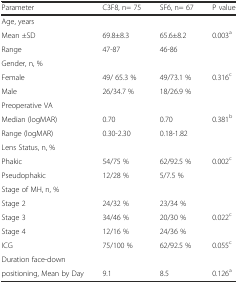
| Parameter | C3F8, n= 75 | SF6, n= 67 | P value |
 | --- | --- | --- | --- |
 | Age, years |  |  |  |
 | Mean ±SD | 69.8±8.3 | 65.6±8.2 | 0.003a |
 | Range | 47-87 | 46-86 |  |
 | Gender, n, % |  |  |  |
 | Female | 49/ 65.3 % | 49/73.1 % | 0.316c |
 | Male | 26/34.7 % | 18/26.9 % |  |
 | Preoperative VA |  |  |  |
 | Median (logMAR) | 0.70 | 0.70 | 0.381b |
 | Range (logMAR) | 0.30-2.30 | 0.18-1.82 |  |
 | Lens Status, n, % |  |  |  |
 | Phakic | 54/75 % | 62/92.5 % | 0.002c |
 | Pseudophakic | 12/28 % | 5/7.5 % |  |
 | Stage of MH, n, % |  |  |  |
 | Stage 2 | 24/32 % | 23/34 % |  |
 | Stage 3 | 34/46 % | 20/30 % | 0.022c |
 | Stage 4 | 12/16 % | 24/36 % |  |
 | ICG | 75/100 % | 62/92.5 % | 0.055c |
 | Duration face-down |  |  |  |
 | positioning, Mean by Day | 9.1 | 8.5 | 0.126a |